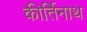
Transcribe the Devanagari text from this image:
कीर्तिनाथ